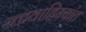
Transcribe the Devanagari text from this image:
रक्तवाहिन्यांत